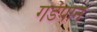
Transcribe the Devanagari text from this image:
गडेपान